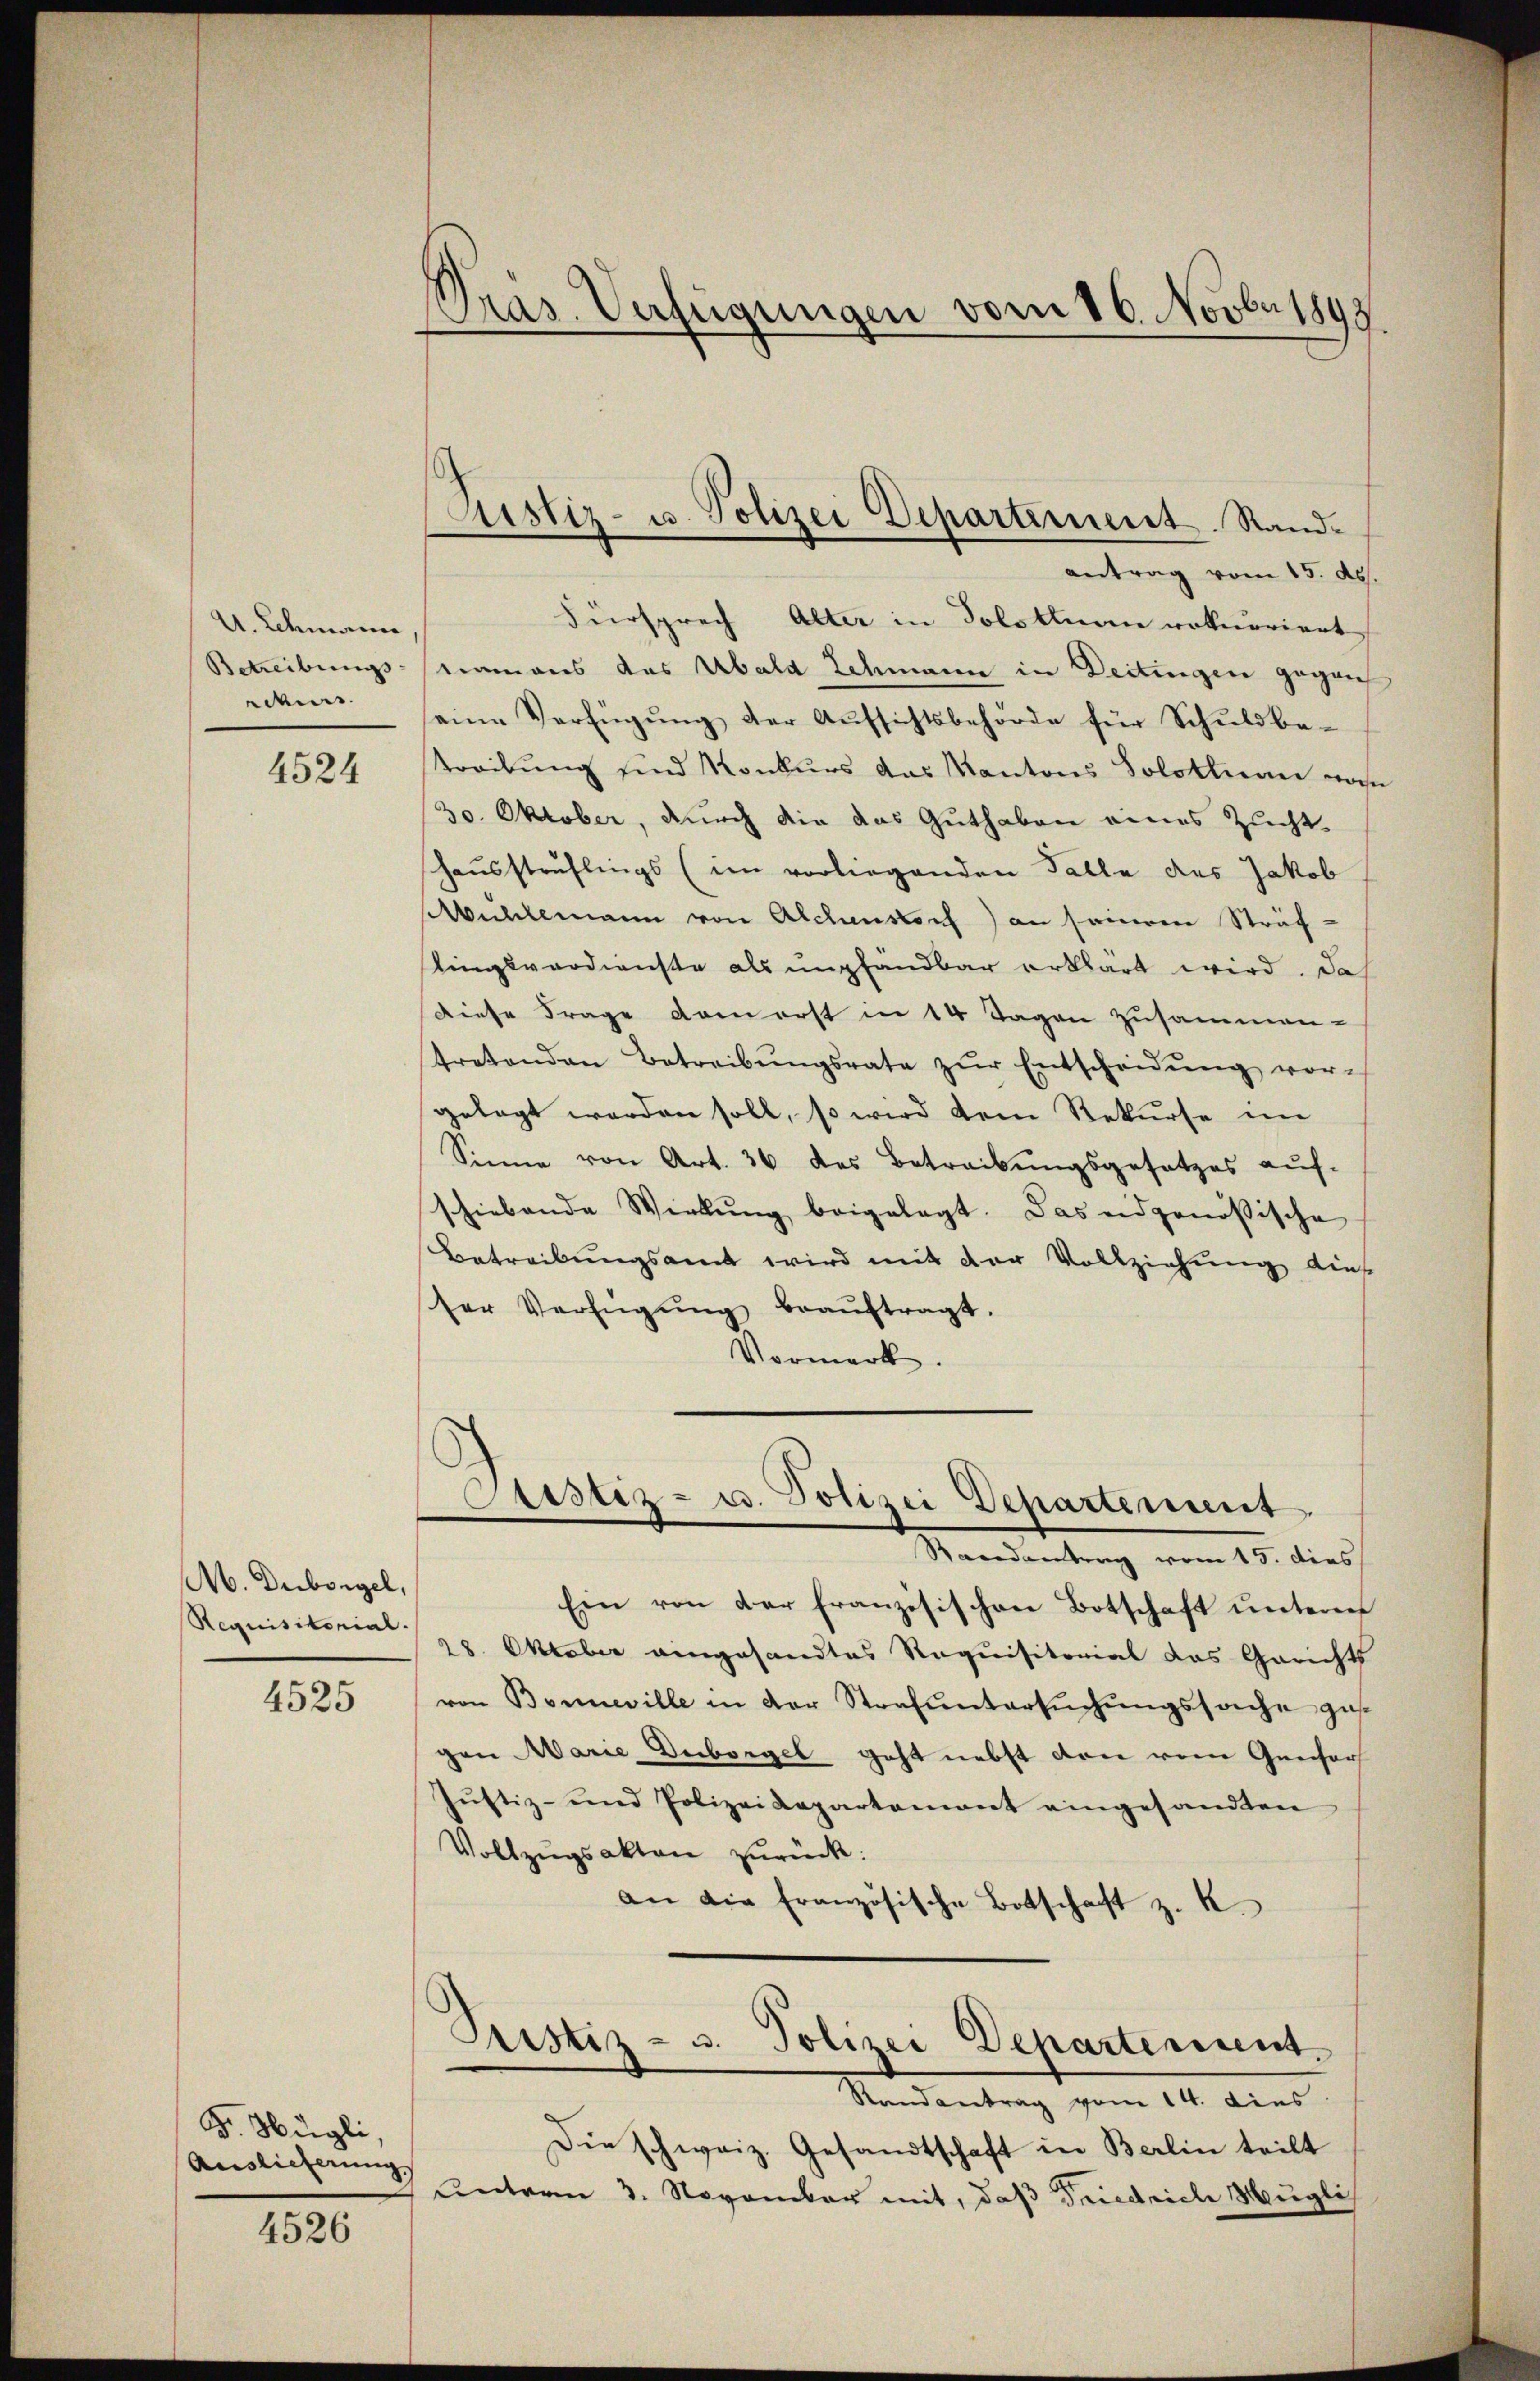
A. Schnerra
Betreibungs
rchers.

4524

M. Duborgel,
Requisitorial.

4525

Dr. Hügli
Auslieferung

4526

Pras. Verfügungen vom 16. Novbr 1898

ustiz- u. Polizei Departement. Sand¬

antrag vom 15. ds.
Fürsprech Alter in Solothurn rekurriert
niemans das Abald Schmann in Deitingen gegen
seine Verfügŭng der Aŭfsichtsbehörde für Schŭldbe-
treibung sind Konkurs des Kantons Solothurn wohn
30. Oktober, durch die das Guthaben eines Zucht
haussträflings (im vorliegenden Falle des Jakob
bichlemann von Alchenstoch) an saueren Sträflingsverdienste als umpfandbar erklärt wird. Da
diese Frage dem erst in 14 Tagen zusammen-
tretenden Betreibŭngsrate zŭr Entscheidŭng vor-
gelegt werden soll, so wird dem Rekurse im
Sinne von Art. 36 des Betreibŭngsgesetzes aŭf-
schiebende Wirkung beigelegt. Das eidgenößische
Betreibungsamt wird mit der Vollziehung dies
ser Verfügŭng beaŭftragt.
Vormerk.

Sistiz- u. Polizei Departement
Randantrag vom 15. dies

Ein von der Französischen Botschaft untere
28. Oktober eingesandtes Requisitorial das Gerichts
von Bonneville in der Strafŭntersŭchŭngssache ges
gen Marie Duborgel geht nebst den von Genfor
Justiz- und Polizeidepartement eingesandten
Vollzŭgsakten zŭrück:
an die französische Botschaft z. B.

Justiz- u. Polizei Departement.

Randantrag vom 14. Dies
Die schweiz. Gesandtschaft in Berlin teilt
unterm 3. November mit, daß Friedrich Neugli